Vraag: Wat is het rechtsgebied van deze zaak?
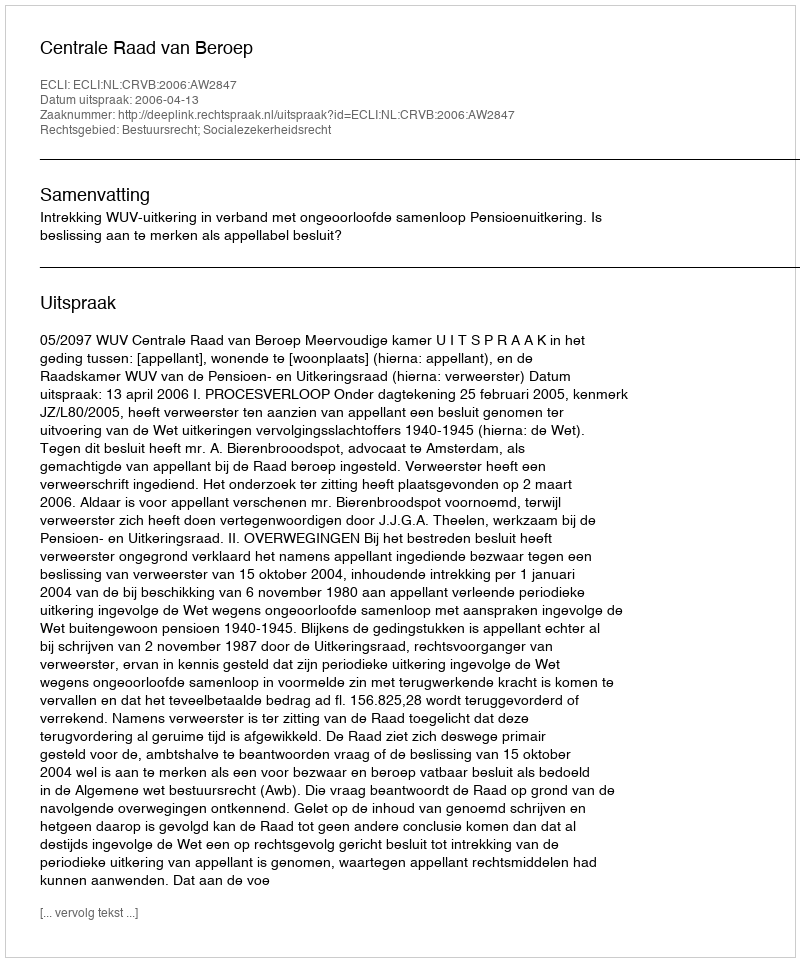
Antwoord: Bestuursrecht; Socialezekerheidsrecht